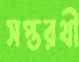
সপ্তরথী